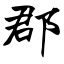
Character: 郡